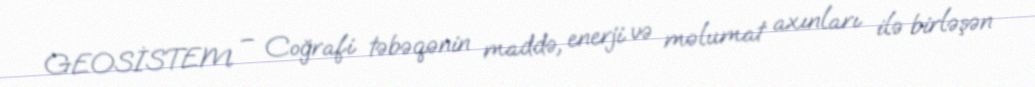
GEOSİSTEM – Coğrafi təbəqənin maddə, enerji və məlumat axınları ilə birləşən